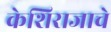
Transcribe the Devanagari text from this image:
केशिराजाचे